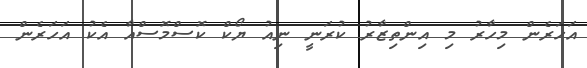
އަހަރެން މިހާރު މި އިންތިޒާރު ކުރަނީ ނިއު ޔޯކް ކޮސްމޮސްއާ އެކު އަހަރެން